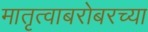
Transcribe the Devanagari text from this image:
मातृत्वाबरोबरच्या